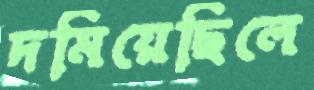
দমিয়েছিলে